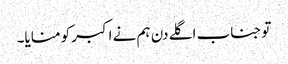
تو جناب اگلے دن ہم نے اکبر کو منایا۔